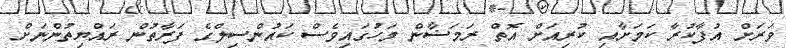
ވަރަށް އުފާކުރާ ކަމަށާއި ކުރިއަށް އޮތް ރަމަޟާން މަހުގައިވެސް ކައުންސިލްގެ ފަރާތުން ރައްޔިތުންނަށް